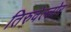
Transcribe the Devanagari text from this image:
तिरुवेल्लोर